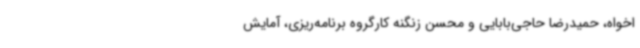
اخواه، حمیدرضا حاجی‌بابایی و محسن زنگنه کارگروه برنامه‌ریزی، آمایش